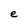
Character: e